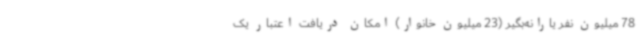
78 میلیون نفر یارانه‌بگیر (23 میلیون خانوار) امکان دریافت اعتبار یک